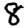
Digit: 8